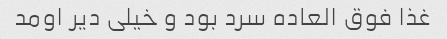
غذا فوق العاده سرد بود و خیلی دیر اومد